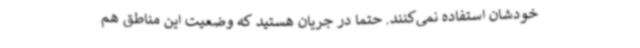
خودشان استفاده نمی‌کنند. حتماً در جریان هستید که وضعیت این مناطق هم